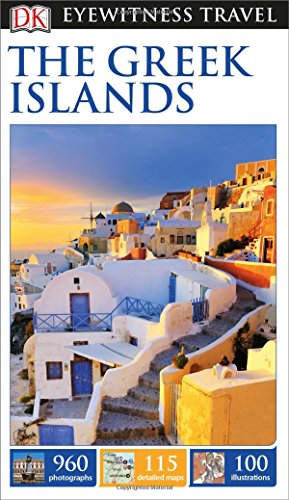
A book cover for DK Eyewitness Travel Guide: The Greek Islands; DK Publishing; Travel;